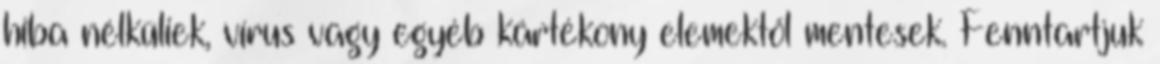
hiba nélküliek, vírus vagy egyéb kártékony elemektől mentesek. Fenntartjuk